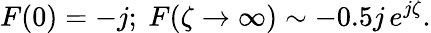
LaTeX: F(0)=-j;\ F(\zeta\to\infty)\sim-0.5j\, e^{j\zeta}.